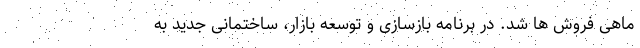
ماهی فروش ها شد. در برنامه بازسازی و توسعه‌ بازار، ساختمانی جدید به